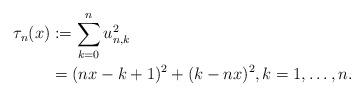
LaTeX: \begin{align*}\tau_n(x)&:=\sum^{n}_{k=0}{u^2_{n,k}}\\ &=(nx-k+1)^2+(k-nx)^2, k=1,\ldots, n. \end{align*}